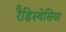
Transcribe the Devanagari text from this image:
रैडिस्थेसिया